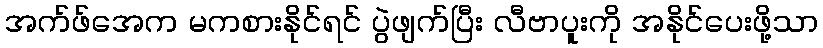
အက်ဖ်အေက မကစားနိုင်ရင် ပွဲဖျက်ပြီး လီဗာပူးကို အနိုင်ပေးဖို့သာ